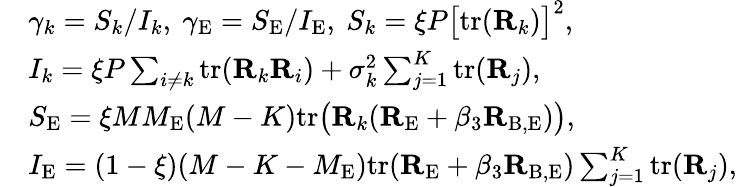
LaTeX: \begin{array}{rl}&{\gamma_{k}=S_{k}/I_{k},\ \gamma_{\mathrm{E}}=S_{\mathrm{E}}/I_{\mathrm{E}},\ S_{k}=\xi P\big[\mathrm{tr}(\mathbf{R}_{k})\big]^{2},}\\ &{I_{k}=\xi P\sum_{i\neq k}\mathrm{tr}(\mathbf{R}_{k}\mathbf{R}_{i})+\sigma_{k}^{2}\sum_{j=1}^{K}\mathrm{tr}({\mathbf R}_{j}),}\\ &{S_{\mathrm{E}}=\xi MM_{\mathrm{E}}(M-K)\mathrm{tr}\big({\mathbf R}_{k}({\mathbf R}_{\mathrm{E}}+\beta_{3}{\mathbf R}_{\mathrm{B,E}})\big),}\\ &{I_{\mathrm{E}}=(1-\xi)(M-K-M_{\mathrm{E}})\mathrm{tr}({\mathbf R}_{\mathrm{E}}+\beta_{3}{\mathbf R}_{\mathrm{B,E}})\sum_{j=1}^{K}\mathrm{tr}({\mathbf R}_{j}),}\end{array}